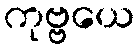
ကုဗ္ဗယေ